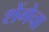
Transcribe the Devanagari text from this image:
शेंगेचा